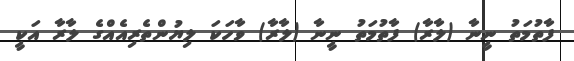
ފާތުމަތު ނީނާ (ލާރާ) ފާތުމަތު ނީނާ (ލާރާ) ވާހަކަ ލިޔުންތެރިއެއްގެ ލާރާ އަކީ